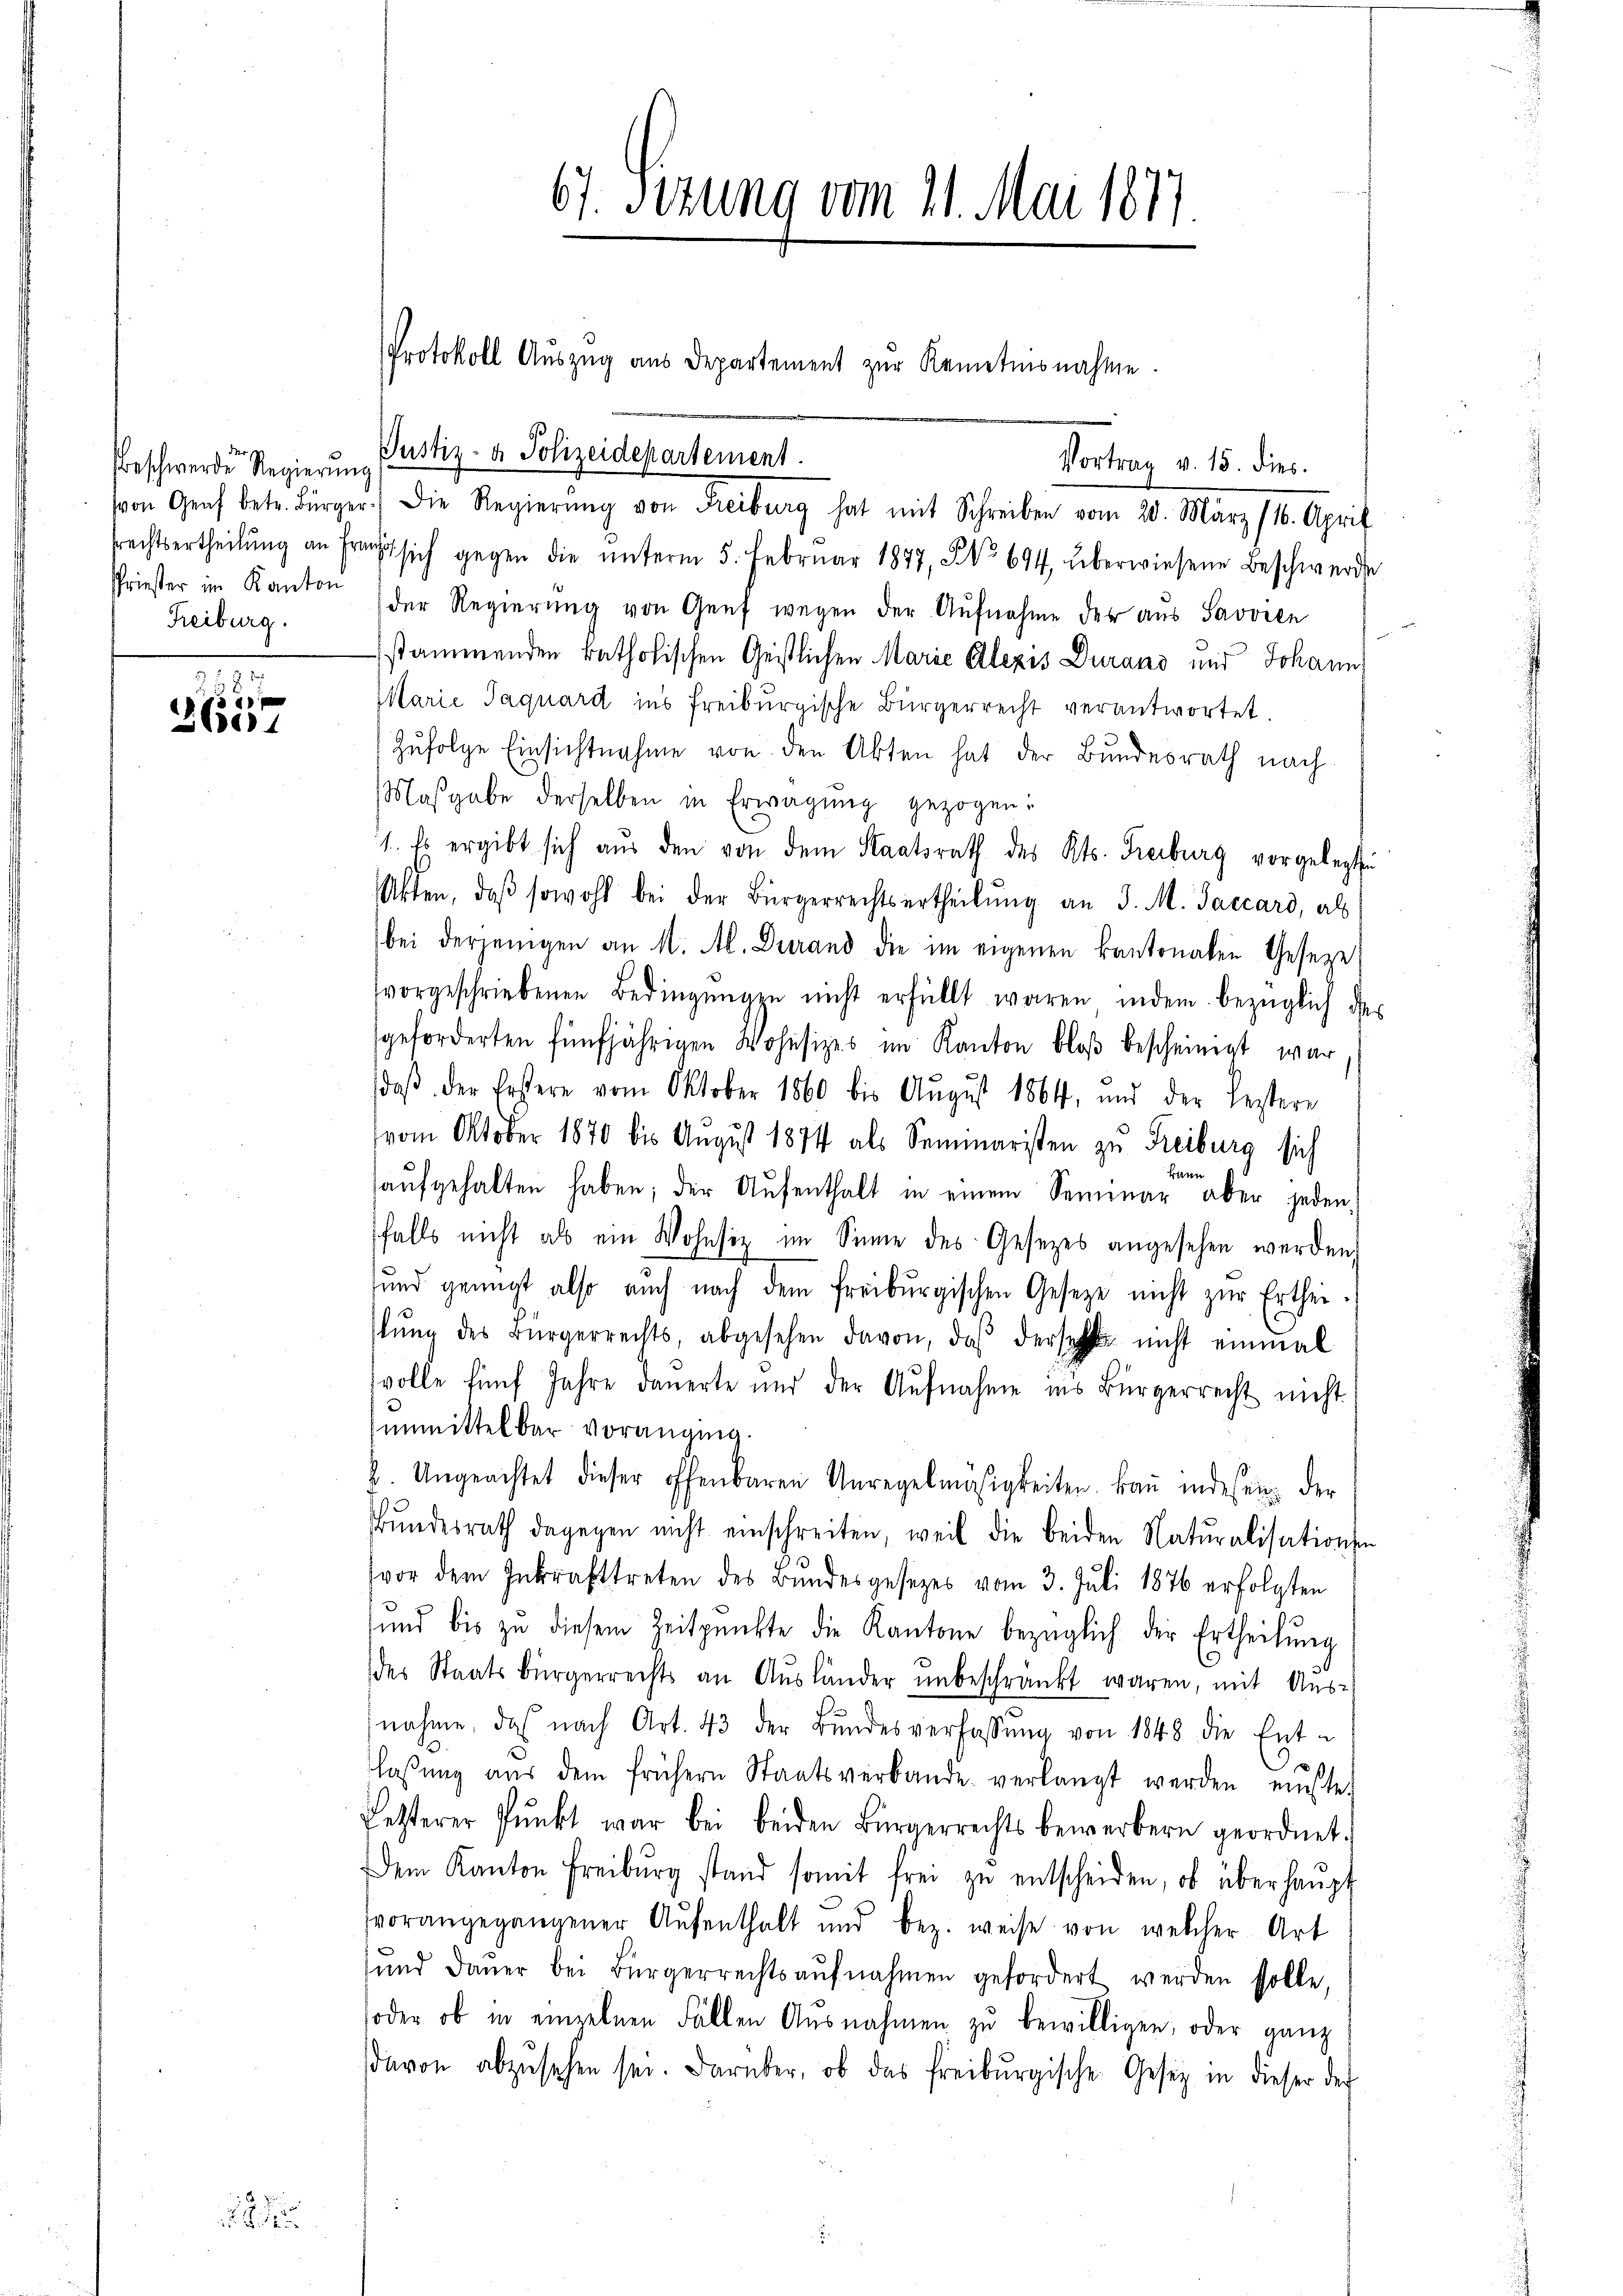
eschwerde Regierŭng
Priester im Kanton
Freiburg.

e
Ble

8

67. Sitzung vom 21. Mai 1877.

Protokoll Auszug aus Departement zur Kenntnisnahme.

Justiz- & Polizeidepartement.

von Genf betr. Bürger. Die Regierŭng von Freiburg hat mit Schreiben vom 20. März (16. April
frechtsertheilŭng an Franz sich gegen die ŭnterm 5. Febrŭar 1877, No 694 überwiesene Beschwerde
der Regierung von Genf wegen der Aufnahme der aus Savoren
stammenden katholischen Geistlichen Marie Elezis Durans und Johann
Marie Jaquard ins freiburgische Bürgerrecht verantwortet.
Zufolge Einsichtnahme von den Akten hat der Bundesrath nach
Masgabe derselben in Erwägŭng gezogen:
1. Es ergibt sich aus den von dem Staatsrath des Kts. Freiburg vorgelegte
Akten, daβ sowohl bei der Bürgerrechtsertheilŭng an J. M. Jaccard, als
bei derjenigen an M. Al. Durand die im eigenen Kantonalen Gesetze
vorgeschriebenen Bedingŭng zŭ nicht erfüllt waren indem bezüglich des
geforderten fünfjährigen Wohnsizes im Kanton bloβ bescheinigt war
daß der Erstere vom Oktober 1860 bis August 1864, und der Leistere
vom Oktober 1870 bis August 1874 als Seminaristen zu Freiburg sich
kann
haŭfgehalten haben; der Aŭfenthalt in einem Seminar aber jeden
falls nicht als ein Wohnsiz im Sinne des Gesetzes angesehen werden
und genügt also auch nach dem freiburgischen Gesetze nicht zŭr Erthei-
lŭng des Bürgerrechts, abgesehen davon, daß derselbe nicht einmal
svolle fünf Jahre dauerte und der Aufnahme in’s Bürgerrecht nicht
unmittelbar voranging.
b. Ungeachtet dieser offenbaren Unregelmäsigkeiten, kaṅ indesen der
ŭndesrath dagegen nicht einschreiten, weil die beiden Naturalisationsen
vor dem Inkrafttreten des Bŭndesgesezes vom 3. Juli 1876 erfolgten
sund bis zu diesem Zeitpunkte die Kantone bezüglich der Ertheilung
des Staatsbürgerrechts an Ausländer unbeschränkt waren, mit Aus-
nahme, das nach Art. 43 der Bŭndesverfassŭng von 1848 die Ent-
ap
laβŭng aŭs dem frühern Staatsverbande verlangt werden müste.
Letzterer Pŭnkt war bei beiden Bürgerrechts bewerbern geordnet.
Dem Kanton Freiburg stand somit frei zŭ entscheiden, ob überhaŭpt
vorangegangener Aŭfenthalt und bez. weise von welcher Art
sund daŭer bei Bürgerrechts aŭfnahmen gefordert werden solle,
soder ob in einzelnen Fällen Ausnahmen zŭ bewilligen, oder ganz
davon abzusehen sei. Darüber, ob das Freiburgische Gesetz in dieser der

Vortrag v. 15. dies.